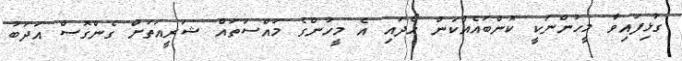
ގުޅިފައިވާ މީހުންނަކީ ކޮންބައެއްކަން ހޯދައި އެ މީހުންގެ މައްސަތައް ޝަރީއަތަށް ގެންގޮސް އަދަބު